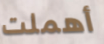
أهملت